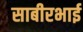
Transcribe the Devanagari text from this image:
साबीरभाई